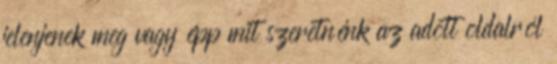
jelenjenek meg vagy épp mit szeretnénk az adott oldalról